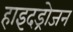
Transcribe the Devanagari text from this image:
हाइदड्रोजन